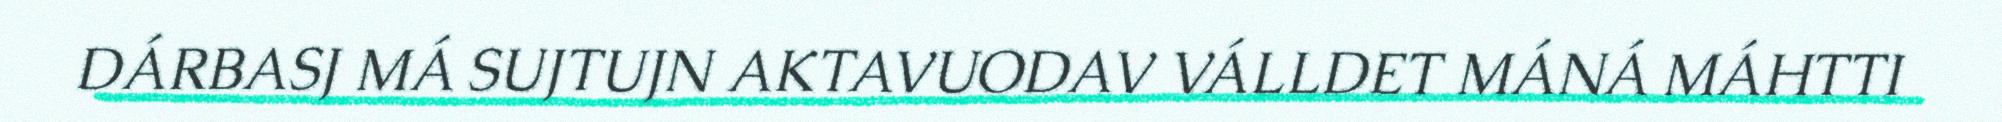
DÁRBASJ MÁ SUJTUJN AKTAVUODAV VÁLLDET MÁNÁ MÁHTTI